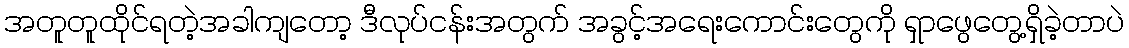
အတူတူထိုင်ရတဲ့အခါကျတော့ ဒီလုပ်ငန်းအတွက် အခွင့်အရေးကောင်းတွေကို ရှာဖွေတွေ့ရှိခဲ့တာပဲ